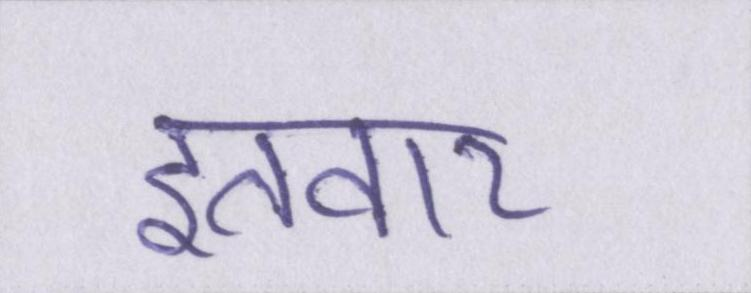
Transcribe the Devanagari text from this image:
इतवार